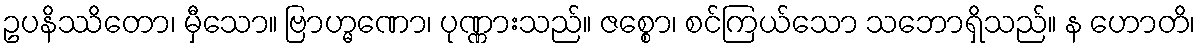
ဥပနိဿိတော၊ မှီသော။ ဗြာဟ္မဏော၊ ပုဏ္ဏားသည်။ ဇစ္စော၊ စင်ကြယ်သော သဘောရှိသည်။ န ဟောတိ၊